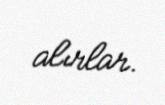
alırlar.